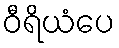
ဝီရိယံပေ